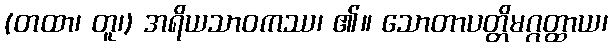
(တထာ၊ တူ၊) အရိယသာဝကဿ၊ ၏။ သောတာပတ္တိမဂ္ဂတ္ထာယ၊